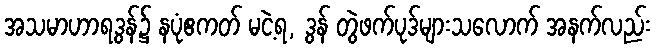
အသမာဟာရဒွန်၌ နပုံဧကတ် မငဲ့ရ, ဒွန် တွဲဖက်ပုဒ်များသလောက် အနက်လည်း